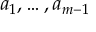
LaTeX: a _ { 1 } , \ldots , a _ { m - 1 }